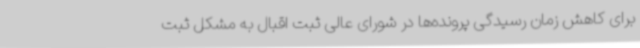
برای کاهش زمان رسیدگی پرونده‌ها در شورای عالی ثبت اقبال به مشکل ثبت